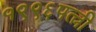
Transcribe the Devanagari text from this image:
१९९६पत्त्नी